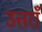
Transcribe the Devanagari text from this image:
उत्तराँ